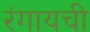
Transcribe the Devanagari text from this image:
रंगायची